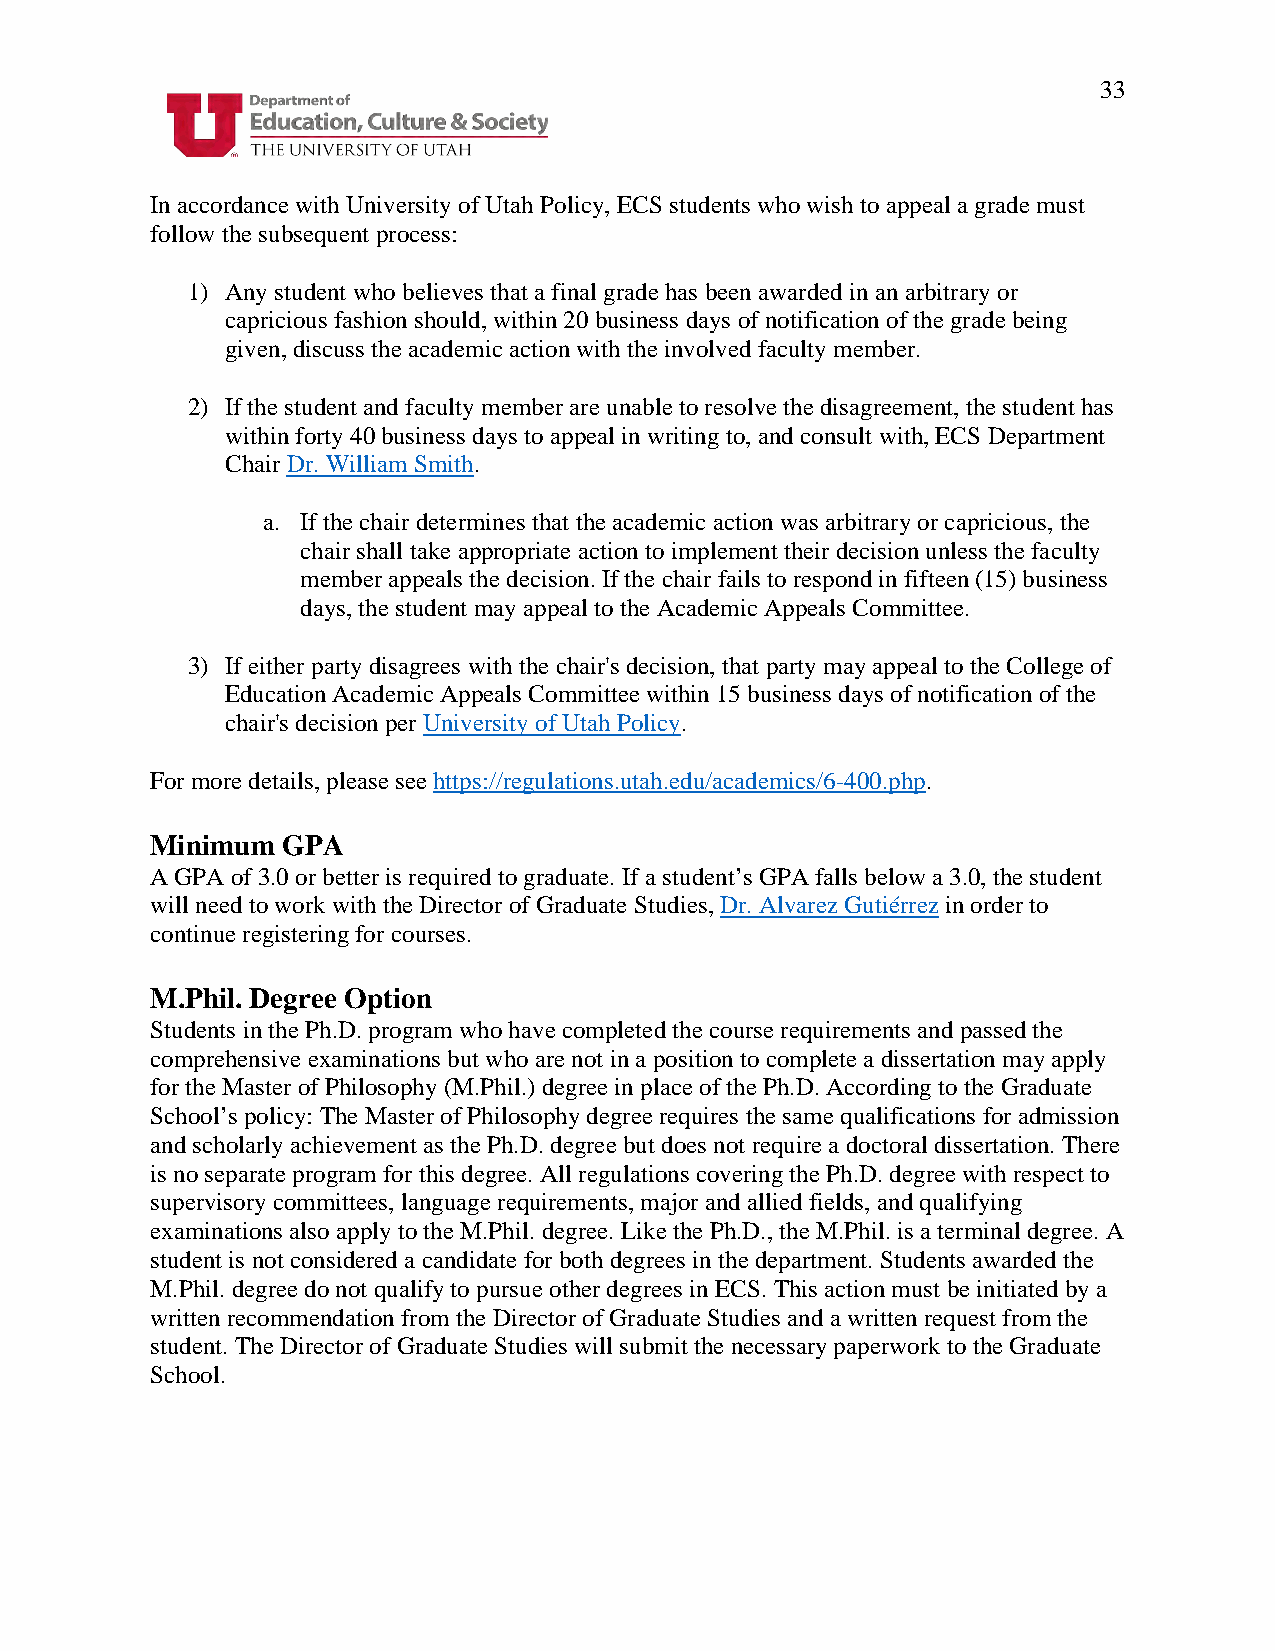
33
 In accordance with University of Utah Policy, ECS students who wish to appeal a grade must
 follow the subsequent process:
 1) Any student who believes that a final grade has been awarded in an arbitrary or
 capricious fashion should, within 20 business days of notification of the grade being
 given, discuss the academic action with the involved faculty member.
 2) If the student and faculty member are unable to resolve the disagreement, the student has
 within forty 40 business days to appeal in writing to, and consult with, ECS Department
 Chair Dr. William Smith.
 a. If the chair determines that the academic action was arbitrary or capricious, the
 chair shall take appropriate action to implement their decision unless the faculty
 member appeals the decision. If the chair fails to respond in fifteen (15) business
 days, the student may appeal to the Academic Appeals Committee.
 3) If either party disagrees with the chair's decision, that party may appeal to the College of
 Education Academic Appeals Committee within 15 business days of notification of the
 chair's decision per University of Utah Policy.
 For more details, please see https://regulations.utah.edu/academics/6-400.php.
 Minimum  GPA
 A GPA of 3.0 or better is required to graduate. If a student’s GPA falls below a 3.0, the student
 will need to work with the Director of Graduate Studies, Dr. Alvarez Gutiérrez in order to
 continue registering for courses.
 M.Phil. Degree Option
 Students in the Ph.D. program who have completed the course requirements and passed the
 comprehensive examinations but who are not in a position to complete a dissertation may apply
 for the Master of Philosophy (M.Phil.) degree in place of the Ph.D. According to the Graduate
 School’s policy: The Master of Philosophy degree requires the same qualifications for admission
 and scholarly achievement as the Ph.D. degree but does not require a doctoral dissertation. There
 is no separate program for this degree. All regulations covering the Ph.D. degree with respect to
 supervisory committees, language requirements, major and allied fields, and qualifying
 examinations also apply to the M.Phil. degree. Like the Ph.D., the M.Phil. is a terminal degree. A
 student is not considered a candidate for both degrees in the department. Students awarded the
 M.Phil. degree do not qualify to pursue other degrees in ECS. This action must be initiated by a
 written recommendation from the Director of Graduate Studies and a written request from the
 student. The Director of Graduate Studies will submit the necessary paperwork to the Graduate
 School.